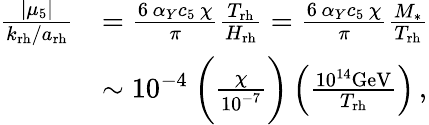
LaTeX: \begin{array}{rl}{\frac{\left|\mu_{5}\right|}{k_{\mathrm{rh}}/a_{\mathrm{rh}}}}&{=\frac{6\, \alpha_{Y}c_{5}\, \chi}{\pi}\frac{T_{\mathrm{rh}}}{H_{\mathrm{rh}}}=\frac{6\, \alpha_{Y}c_{5}\, \chi}{\pi}\frac{M_{*}}{T_{\mathrm{rh}}}}\\ &{\sim 10^{-4}\: \bigg(\frac{\chi}{10^{-7}}\bigg)\left(\frac{10^{14}\mathrm{GeV}}{T_{\mathrm{rh}}}\right)\, ,}\end{array}